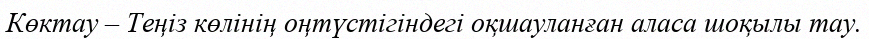
Көктау – Теңіз көлінің оңтүстігіндегі оқшауланған аласа шоқылы тау.